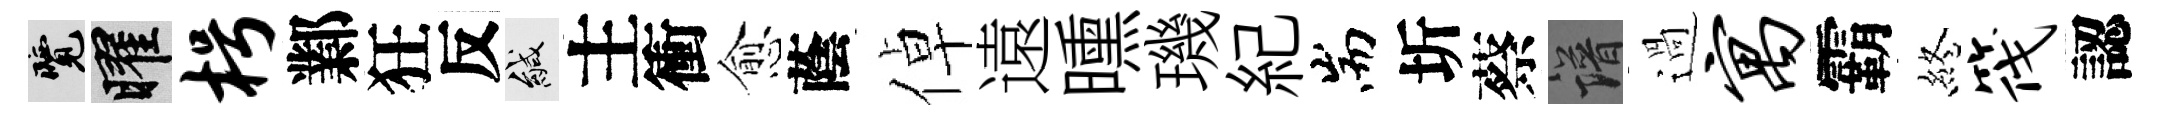
覽曜枵鄴狂反緘主衝愈蔭倬遠曛璣紀耑圻蔡譜過寓霸終筏認